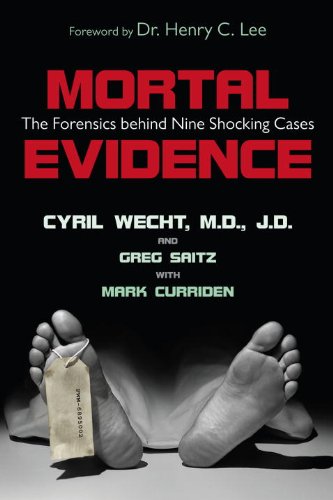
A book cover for Mortal Evidence: The Forensics Behind Nine Shocking Cases; Cyril H. Wecht; Law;